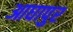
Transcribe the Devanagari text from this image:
आघापुर